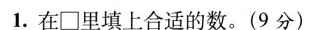
1.在\Box 里填上合适的数。(9分)